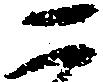
二